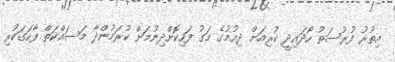
އިތުރު ފުރުސަތު ހޯދައިދީ ކުރިއަށް ދިއުމުގެ މަގު ފަހިކޮށްދިނުމަށް ކުރަމުންދާ މަސައްކަތް ފާހަގަކުރި